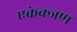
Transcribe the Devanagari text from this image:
एकेक्जण